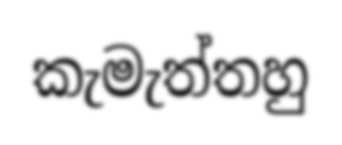
කැමැත්තහු